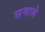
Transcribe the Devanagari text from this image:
समासे